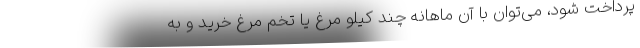
پرداخت شود، می‌توان با آن ماهانه چند کیلو مرغ یا تخم مرغ خرید و به